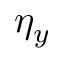
\eta _ { y }